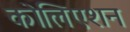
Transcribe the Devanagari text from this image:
कोलिएशन